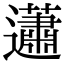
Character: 𧅣